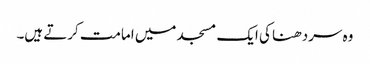
وہ سردھنا کی ایک مسجد میں امامت کرتے ہیں۔